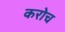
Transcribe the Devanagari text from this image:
करोच